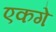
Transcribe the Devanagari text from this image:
एकगे